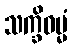
သက္ခိဓမ္မံ